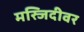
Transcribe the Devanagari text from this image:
मस्जिदीवर